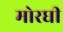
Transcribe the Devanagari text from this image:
मोरघी